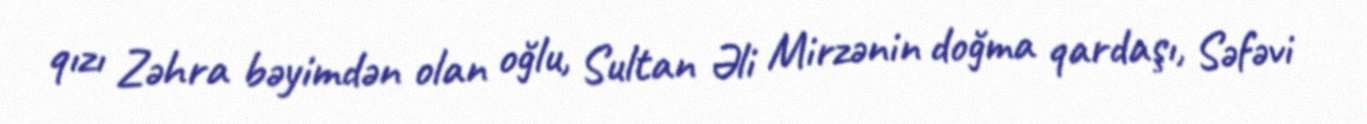
qızı Zəhra bəyimdən olan oğlu, Sultan Əli Mirzənin doğma qardaşı, Səfəvi